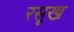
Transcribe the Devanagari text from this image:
रसूख